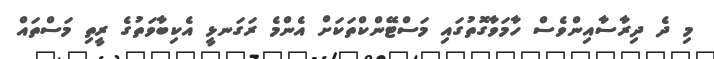
މި ދެ ދިރާސާއިންވެސް ހާމަވާގޮތުގައި މަސްޓޭންކްތަކަށް އެންމެ ރަގަނޅީ އެކިބާވަތުގެ ރީތި މަސްތައް